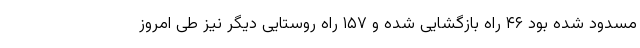
مسدود شده بود ۴۶ راه بازگشایی شده و ۱۵۷ راه روستایی دیگر نیز طی امروز